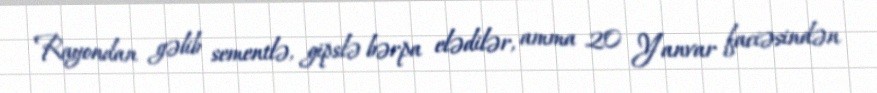
Rayondan gəlib sementlə, gipslə bərpa elədilər, amma 20 Yanvar faciəsindən